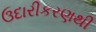
ઉદારીકરણથી